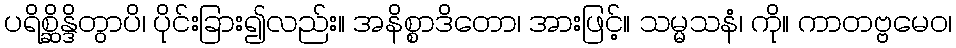
ပရိစ္ဆိန္ဒိတွာပိ၊ ပိုင်းခြား၍လည်း။ အနိစ္စာဒိတော၊ အားဖြင့်။ သမ္မသနံ၊ ကို။ ကာတဗ္ဗမေဝ၊